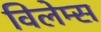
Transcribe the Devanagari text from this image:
विलेम्स